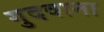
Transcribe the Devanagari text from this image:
गुदवाना